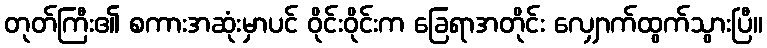
တုတ်ကြီး၏ စကားအဆုံးမှာပင် ဝိုင်းဝိုင်းက ခြေရာအတိုင်း လျှောက်ထွက်သွားပြီ။